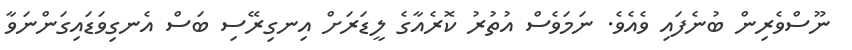
ނޫސްވެރިން ބުނެފައި ވެއެވެ. ނަމަވެސް އުތުރު ކޮރެއާގެ ލީޑަރަށް އިނގިރޭސި ބަސް އެނގިވަޑައިގަންނަވާ